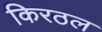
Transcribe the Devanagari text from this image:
किरठल